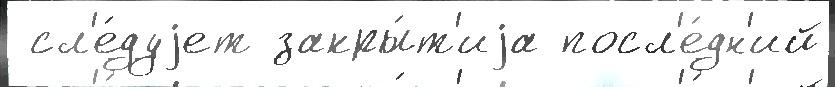
 сл'е́дуjет закры́т'иjа посл'е́дн'ий